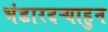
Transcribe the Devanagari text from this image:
भंडारदऱ्याहुन